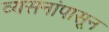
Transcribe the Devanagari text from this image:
व्यसनांपासून